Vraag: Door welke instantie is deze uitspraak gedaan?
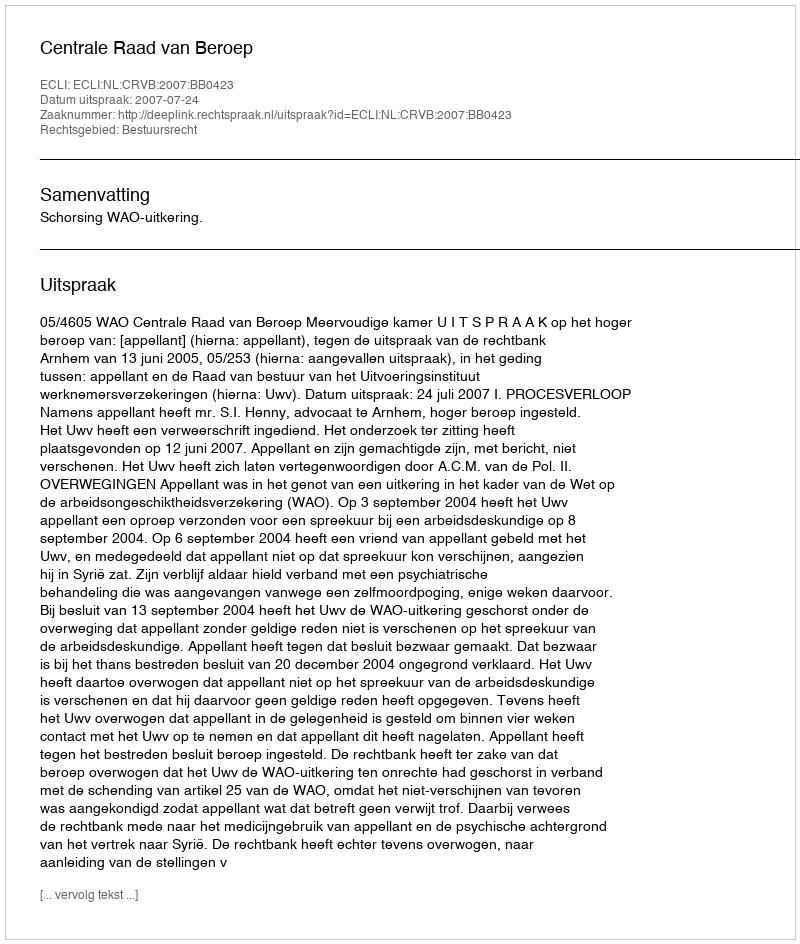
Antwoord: Centrale Raad van Beroep